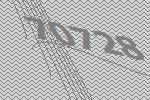
70728